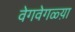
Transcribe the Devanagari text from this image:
वेगवेगळ्य़ा